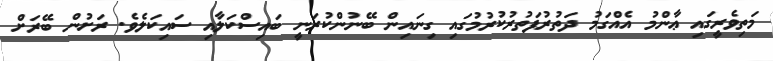
މަތިވެރީގައި ޢާންމު އެއްގަމު ދަތުރުފަތުރުކުރުމުގައި ގިނައިން ބޭނުންކުރަނީ ބައިސްކަލާއި ސައިކަލެވެ. ރަށުން ބޭރަށް